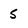
Character: 5